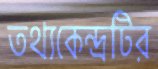
তথ্যকেন্দ্রটির